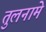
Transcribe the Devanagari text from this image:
तुलनामे